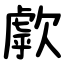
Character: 歑